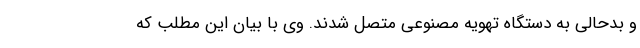
و بدحالی به دستگاه تهویه مصنوعی متصل شدند. وی با بیان این مطلب که